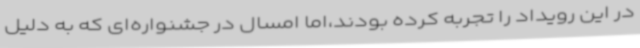
در این رویداد را تجربه کرده بودند،اما امسال در جشنواره‌ای که به دلیل